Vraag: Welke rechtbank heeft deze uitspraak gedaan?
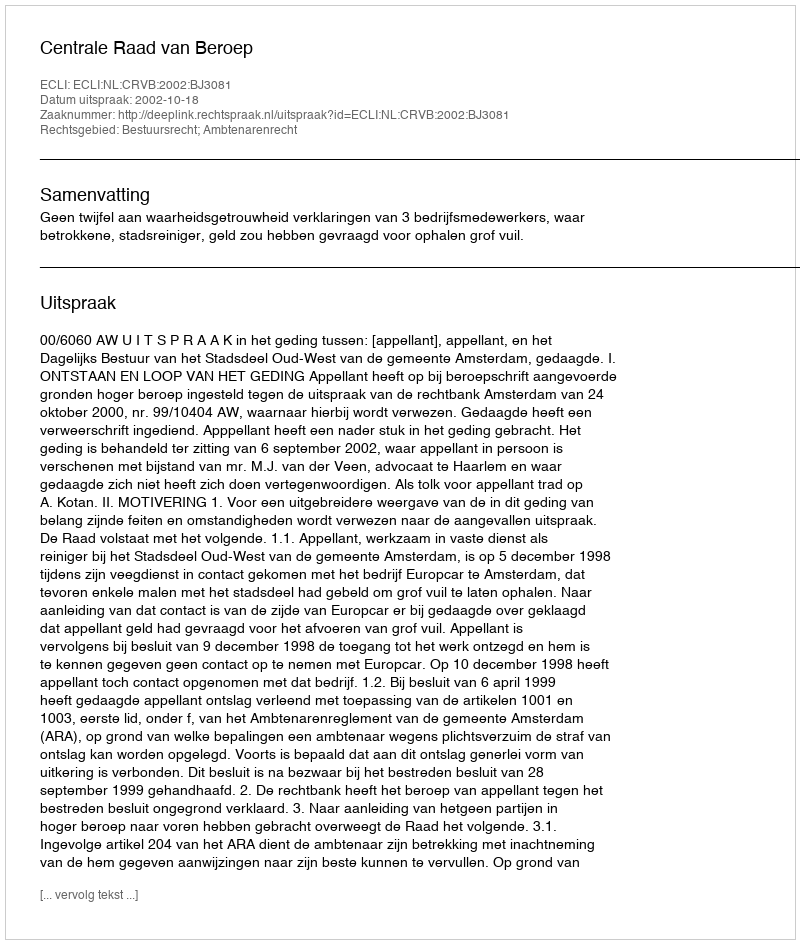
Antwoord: Centrale Raad van Beroep